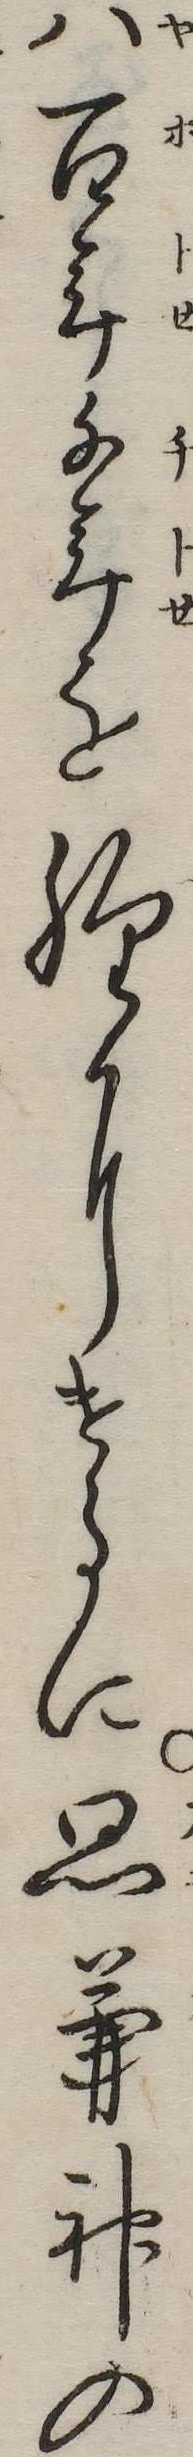
八百年千年を経にけるに思兼神の